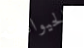
كالحيوانات